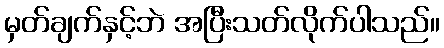
မှတ်ချက်နှင့်ဘဲ အပြီးသတ်လိုက်ပါသည်။